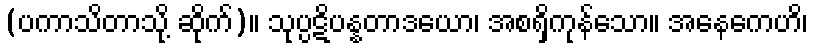
(ပကာသိတာသို့ ဆိုက်)။ သုပ္ပဋိပန္နတာဒယော၊ အစရှိကုန်သော။ အနေကေဟိ၊